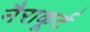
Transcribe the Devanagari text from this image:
नैराकूर्ट